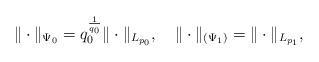
LaTeX: \begin{align*}\|\cdot\|_{\Psi_0} = q_0^{\frac{1}{q_0}} \|\cdot\|_{L_{p_0}} , \ \ \ \|\cdot\|_{(\Psi_1)} = \|\cdot\|_{L_{p_1}},\end{align*}